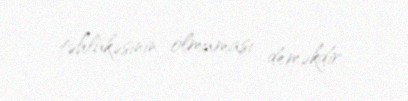
təhlükəsinin olmaması deməkdir.